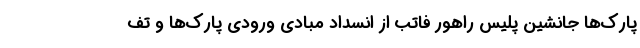
پارک‌ها جانشین پلیس راهور فاتب از انسداد مبادی ورودی پارک‌ها و تف